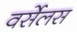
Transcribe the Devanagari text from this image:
वर्सेलस